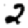
Digit: 2